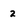
Character: 2